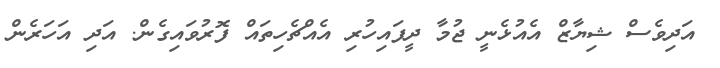
އަދިވެސް ޝިޔާޒް އެއުޅެނީ ޖުމާ ދީފައިހުރި އެއްޗެހިތައް ފޮރުވައިގެން. އަދި އަހަރެން